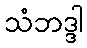
သံဘဒ္ဒါ